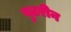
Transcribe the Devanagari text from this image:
युटरीन